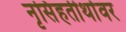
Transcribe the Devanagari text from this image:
नृसिंहतीर्थावर